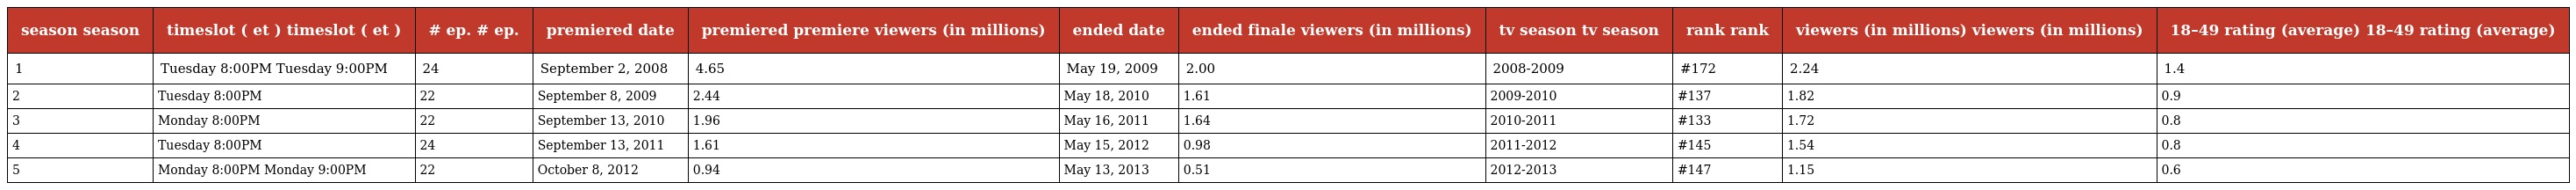
| season season | timeslot ( et ) timeslot ( et ) | # ep. # ep. | premiered date | premiered premiere viewers (in millions) | ended date | ended finale viewers (in millions) | tv season tv season | rank rank | viewers (in millions) viewers (in millions) | 18–49 rating (average) 18–49 rating (average) |
 | --- | --- | --- | --- | --- | --- | --- | --- | --- | --- | --- |
 | 1 | Tuesday 8:00PM Tuesday 9:00PM | 24 | September 2, 2008 | 4.65 | May 19, 2009 | 2.00 | 2008-2009 | #172 | 2.24 | 1.4 |
 | 2 | Tuesday 8:00PM | 22 | September 8, 2009 | 2.44 | May 18, 2010 | 1.61 | 2009-2010 | #137 | 1.82 | 0.9 |
 | 3 | Monday 8:00PM | 22 | September 13, 2010 | 1.96 | May 16, 2011 | 1.64 | 2010-2011 | #133 | 1.72 | 0.8 |
 | 4 | Tuesday 8:00PM | 24 | September 13, 2011 | 1.61 | May 15, 2012 | 0.98 | 2011-2012 | #145 | 1.54 | 0.8 |
 | 5 | Monday 8:00PM Monday 9:00PM | 22 | October 8, 2012 | 0.94 | May 13, 2013 | 0.51 | 2012-2013 | #147 | 1.15 | 0.6 |